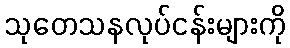
သုတေသနလုပ်ငန်းများကို